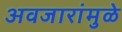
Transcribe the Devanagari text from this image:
अवजारांमुळे